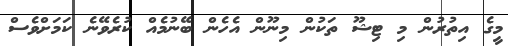
މީގެ އިތުރުން މި ޓިޝޫ ތަކުން މިނޫން އެހެން ބޭނުމެއް ކުރެވޭނެ ކަމަށްވެސް